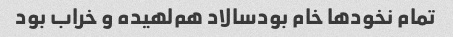
تمام نخود‌ها خام بود‌سالاد هم‌لهیده و خراب بود